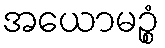
အယောမဉ္စံ